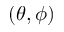
( \theta , \phi )